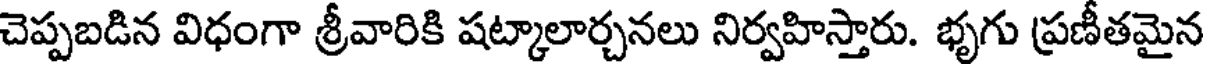
చెప్పబడిన విధంగా శ్రీవారికి షట్కాలార్చనలు నిర్వహిస్తారు. భృగు ప్రణీతమైన